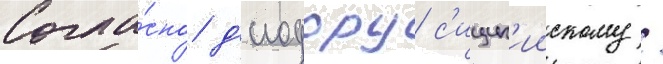
Согла́сно д'иодору с'ицил'иискому /